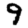
Digit: 9